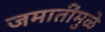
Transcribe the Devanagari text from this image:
जमातींमुळे